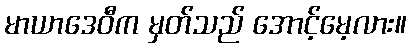
မာယာဒေဝီက မှတ်သည် အောင့်မေ့လား။